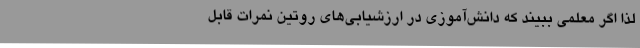
لذا اگر معلمی ببیند که دانش‌آموزی در ارزشیابی‌های روتین نمرات قابل